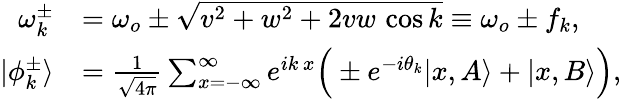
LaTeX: \begin{array}{rl}{\omega_{k}^{\pm}}&{=\omega_{o}\pm\sqrt{v^{2}+w^{2}+2vw\, \cos{k}}\equiv\omega_{o}\pm f_{k},}\\ {|\phi_{k}^{\pm}\rangle}&{=\frac{1}{\sqrt{4\pi}}\sum_{x=-\infty}^{\infty}e^{ik\, x}\Big(\pm e^{-i\theta_{k}}|x,A\rangle+|x,B\rangle\Big),}\end{array}